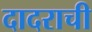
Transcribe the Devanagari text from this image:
दादराची